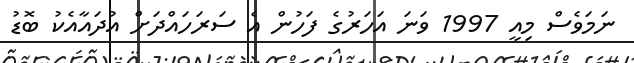
ނަމަވެސް މިއީ 1997 ވަނަ އަހަރުގެ ފަހުން އެ ސަރަހައްދަށް އުދައާއެކު ބޮޑު